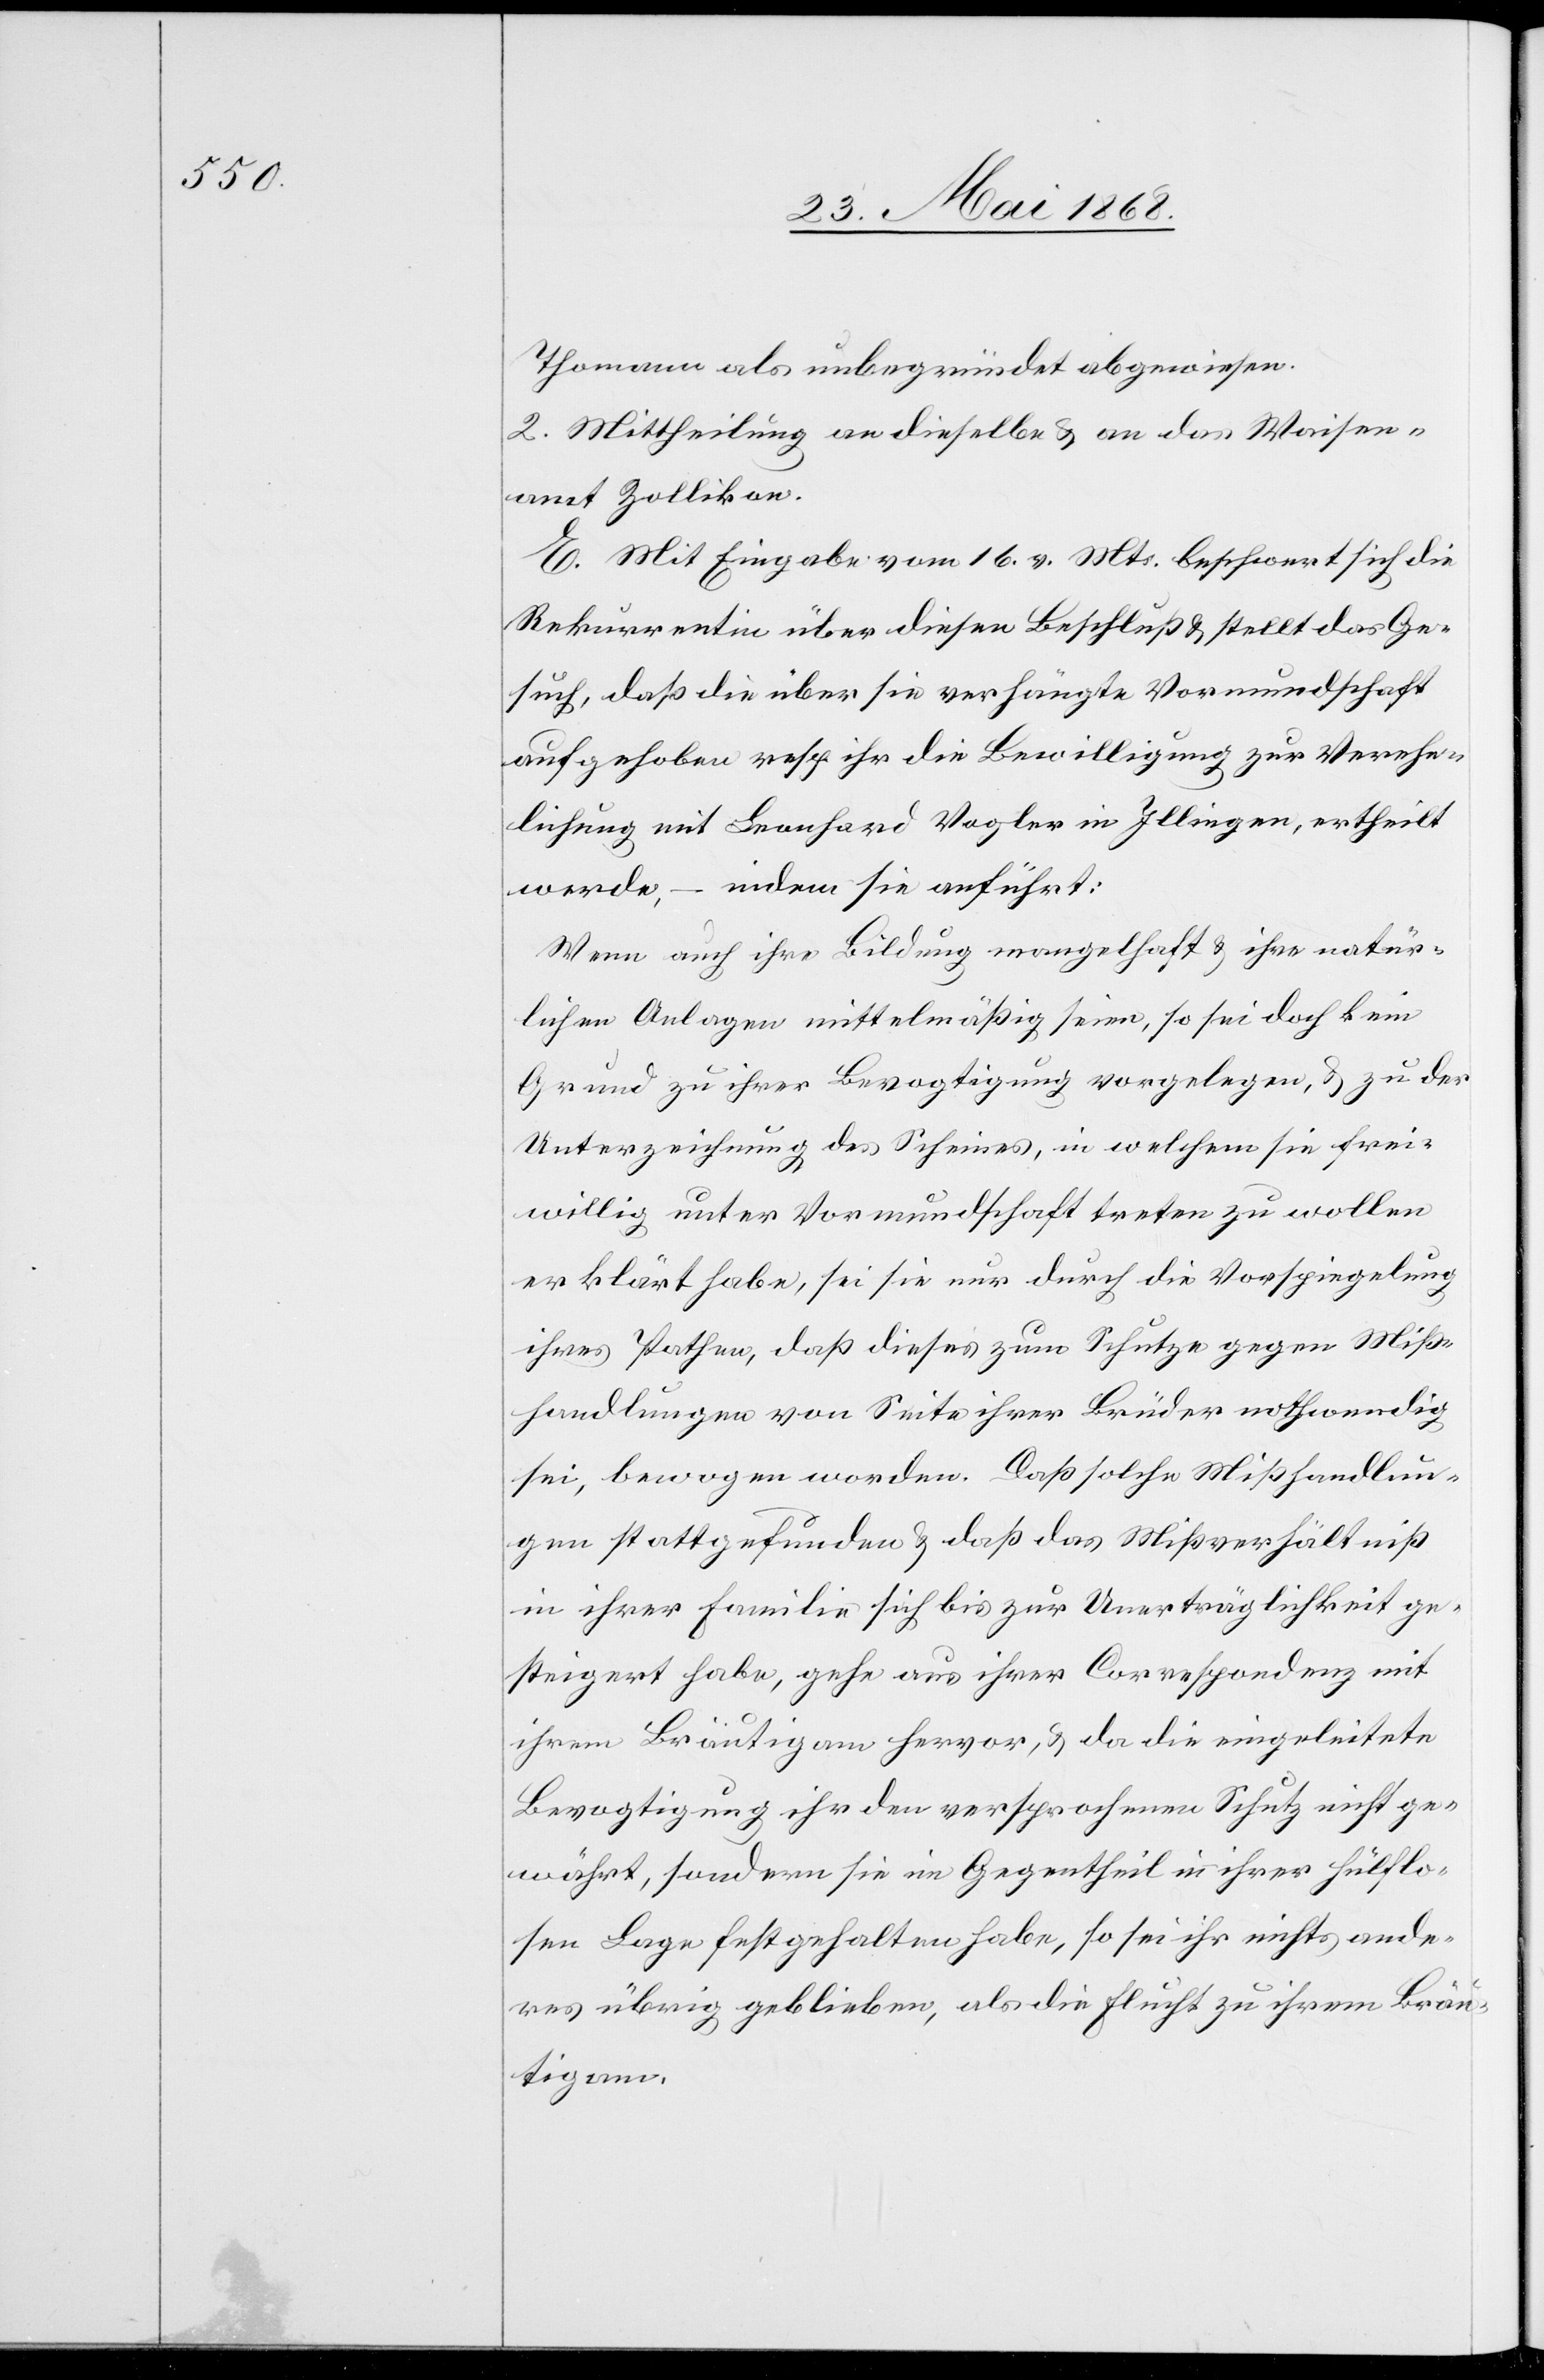
Thomann als unbegründet abgewiesen.
2. Mittheilung an dieselbe & an das Waisen¬
amt Zollikon.
E. Mit Eingabe vom 16. v. Mts. beschwert sich die
Rekurrentin über diesen Beschluß & stellt das Ge¬
such, daß die über sie verhängte Vormundschaft
aufgehoben resp. ihr die Bewilligung zur Verehe¬
lichung mit Leonhard Vogler in Illingen, ertheilt
werde, – indem sie anführt:
Wenn auch ihre Bildung mangelhaft & ihre natür¬
lichen Anlagen mittelmäßig seien, so sei doch kein
Grund zu ihrer Bevogtigung vorgelegen, & zu der
Unterzeichnung des Scheines, in welchem sie frei¬
willig unter Vormundschaft treten zu wollen
erklärt habe, sei sie nur durch die Vorspiegelung
ihres Pathen, daß dieses zum Schutze gegen Miß¬
handlungen von Seite ihrer Brüder nothwendig
sei, bewogen worden. Daß solche Mißhandlun¬
gen stattgefunden & daß das Mißverhältniß
in ihrer Familie sich bis zur Unerträglichkeit ge¬
steigert habe, gehe aus ihrer Correspondenz mit
ihrem Bräutigam hervor, & da die eingeleitete
Bevogtigung ihr den versprochenen Schutz nicht ge¬
währt, sondern sie im Gegentheil in ihrer hülflo¬
sen Lage festgehalten habe, so sei ihr nichts ande¬
res übrig geblieben, als die Flucht zu ihrem Bräu¬
tigam.